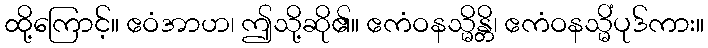
ထို့ကြောင့်။ ဧဝံအာဟ၊ ဤသို့ဆို၏။ ဧကံဝနသ္မိန္တိ၊ ဧကံဝနသ္မိံပုဒ်ကား။